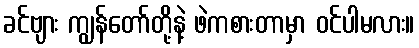
ခင်ဗျား ကျွန်တော်တို့နဲ့ ဖဲကစားတာမှာ ဝင်ပါမလား။